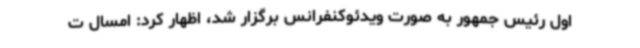
اول رئیس جمهور به صورت ویدئوکنفرانس برگزار شد، اظهار کرد: امسال ت